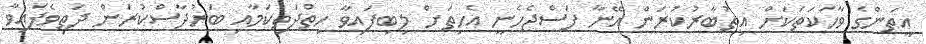
އީތަންގެ ވާހަކަތަކަށް އިތުބާރުކުރަން އޭނާ ފަސްޖެހެނީ އެހިތަށް ލިބިފައިވާ ހިތްދަތިކަމާއި ބަރުދާސްކުރަން ދަތިވެފައިވާ